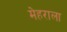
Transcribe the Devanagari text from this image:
मेहराला